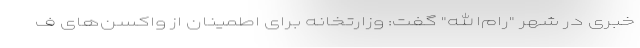
خبری در شهر "رام‌الله" گفت: وزارتخانه برای اطمینان از واکسن‌های ف